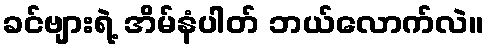
ခင်ဗျားရဲ့ အိမ်နံပါတ် ဘယ်လောက်လဲ။